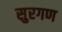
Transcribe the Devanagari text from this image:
सुरगण